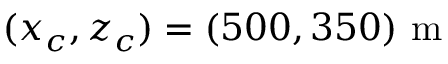
( x _ { c } , z _ { c } ) = ( 5 0 0 , 3 5 0 ) ~ \mathrm { m }